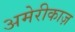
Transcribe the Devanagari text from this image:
अमेरीकाज़